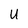
Character: U